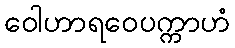
ဝေါဟာရဝေပက္ကာဟံ